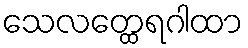
သေလတ္ထေရဂါထာ